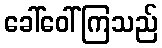
ခေါ်ဝေါ်ကြသည်